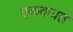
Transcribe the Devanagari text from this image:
एककत्रत